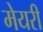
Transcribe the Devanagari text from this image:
मेयरी